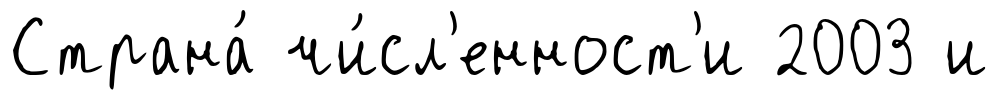
Страна́ чи́сл'енност'и 2003 и